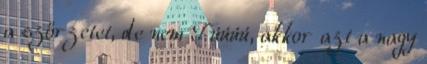
a szőrzetet, de nem Fúúúú, akkor azt a nagy